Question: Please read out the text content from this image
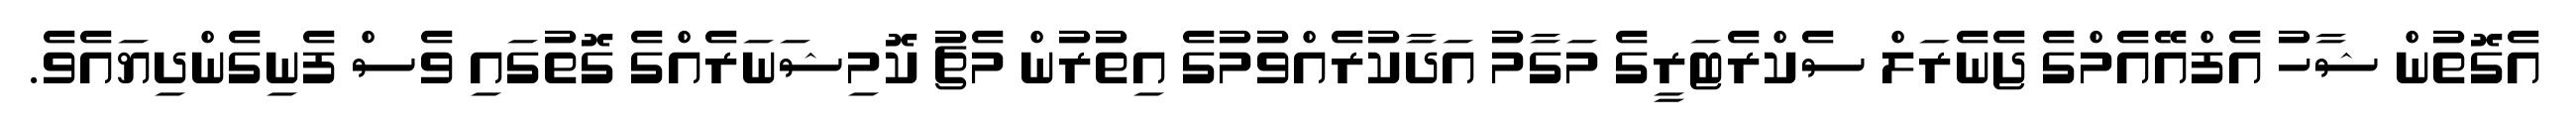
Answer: އެގޮތުން ޝާހު އެފްއޭއެމްގެ ޖެނެރަލް ސެކްރެޓަރީގެ މަގާމު އަދާކުރެއްވުމުގެ އިތުރުން މެޗު ކޮމިޝަނަރެއްގެ ގޮތުގައި ވެސް ފެނިގެންދިޔައެވެ.